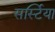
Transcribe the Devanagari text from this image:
सर्स्टिया